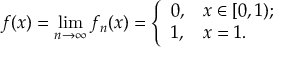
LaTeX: f ( x ) = \operatorname* { l i m } _ { n \to \infty } f _ { n } ( x ) = { \left\{ \begin{array} { l l } { 0 , } & { x \in [ 0 , 1 ) ; } \\ { 1 , } & { x = 1 . } \end{array} \right. }